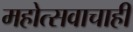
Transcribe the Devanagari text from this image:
महोत्सवाचाही